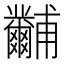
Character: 𤰐